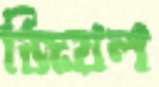
জিয়ল